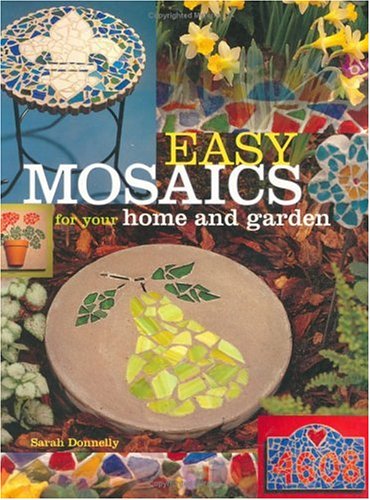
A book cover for Easy Mosaics for Your Home and Garden; Sarah Donnelly; Crafts, Hobbies & Home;